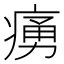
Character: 𤸝